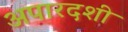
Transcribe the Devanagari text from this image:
अपारदशी